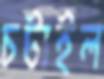
চটাইল